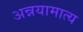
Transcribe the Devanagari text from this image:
अन्नयामात्य